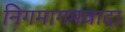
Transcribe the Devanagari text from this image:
निगमागमवादा